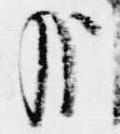
哉